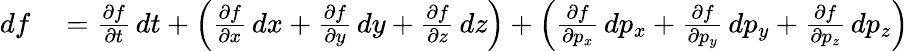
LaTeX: \begin{array}{rl}{df}&{{}={\frac{\partial f}{\partial t}}\, dt+\left({\frac{\partial f}{\partial x}}\, dx+{\frac{\partial f}{\partial y}}\, dy+{\frac{\partial f}{\partial z}}\, dz\right)+\left({\frac{\partial f}{\partial p_{x}}}\, dp_{x}+{\frac{\partial f}{\partial p_{y}}}\, dp_{y}+{\frac{\partial f}{\partial p_{z}}}\, dp_{z}\right)}\end{array}